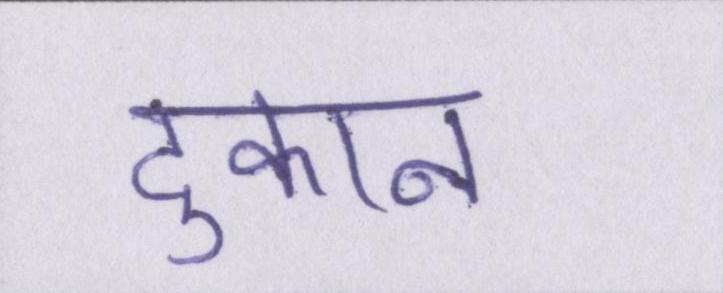
दुकान